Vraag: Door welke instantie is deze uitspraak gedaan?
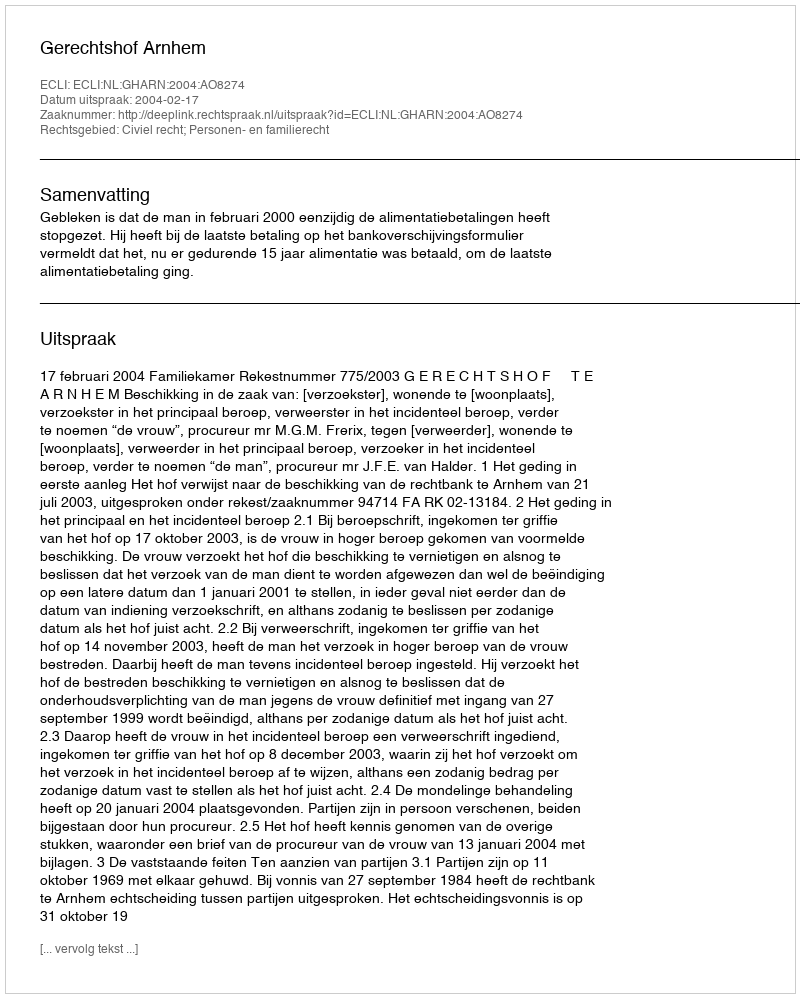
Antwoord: Gerechtshof Arnhem